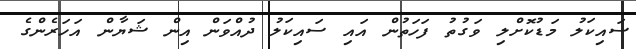
ސައިކަލު މަޑުކޮށްލި ވަގުތު ފަހަތުން އައި ސައިކަލު ދުއްވަން އިން ޝަޔާން އަހަރެންގެ